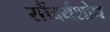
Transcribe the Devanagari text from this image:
सौंदर्यशोध